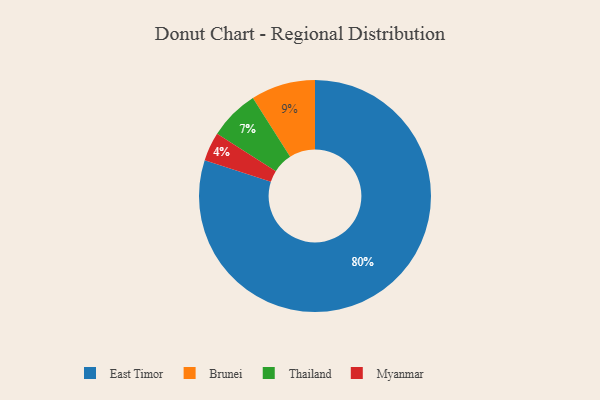
{"axis": {"x": "Category", "y": "Percentage"}, "legend": ["Brunei", "East Timor", "Myanmar", "Thailand"], "data": [{"x": "Brunei", "y": 9, "type": "Brunei"}, {"x": "Myanmar", "y": 4, "type": "Myanmar"}, {"x": "East Timor", "y": 80, "type": "East Timor"}, {"x": "Thailand", "y": 7, "type": "Thailand"}]}